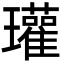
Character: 瓘